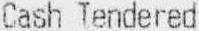
CASH TENDERED